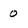
Character: 0